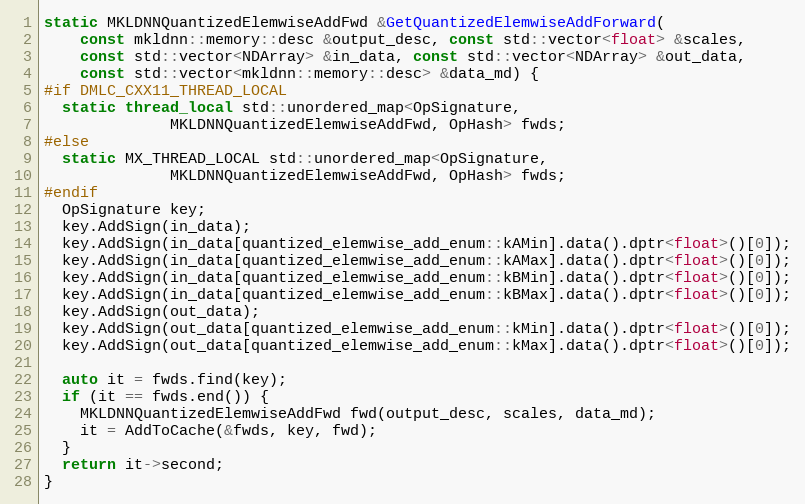
Language: C++
static MKLDNNQuantizedElemwiseAddFwd &GetQuantizedElemwiseAddForward(
    const mkldnn::memory::desc &output_desc, const std::vector<float> &scales,
    const std::vector<NDArray> &in_data, const std::vector<NDArray> &out_data,
    const std::vector<mkldnn::memory::desc> &data_md) {
#if DMLC_CXX11_THREAD_LOCAL
  static thread_local std::unordered_map<OpSignature,
              MKLDNNQuantizedElemwiseAddFwd, OpHash> fwds;
#else
  static MX_THREAD_LOCAL std::unordered_map<OpSignature,
              MKLDNNQuantizedElemwiseAddFwd, OpHash> fwds;
#endif
  OpSignature key;
  key.AddSign(in_data);
  key.AddSign(in_data[quantized_elemwise_add_enum::kAMin].data().dptr<float>()[0]);
  key.AddSign(in_data[quantized_elemwise_add_enum::kAMax].data().dptr<float>()[0]);
  key.AddSign(in_data[quantized_elemwise_add_enum::kBMin].data().dptr<float>()[0]);
  key.AddSign(in_data[quantized_elemwise_add_enum::kBMax].data().dptr<float>()[0]);
  key.AddSign(out_data);
  key.AddSign(out_data[quantized_elemwise_add_enum::kMin].data().dptr<float>()[0]);
  key.AddSign(out_data[quantized_elemwise_add_enum::kMax].data().dptr<float>()[0]);

  auto it = fwds.find(key);
  if (it == fwds.end()) {
    MKLDNNQuantizedElemwiseAddFwd fwd(output_desc, scales, data_md);
    it = AddToCache(&fwds, key, fwd);
  }
  return it->second;
}